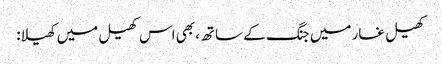
کھیل غار میں جنگ کے ساتھ، بھی اس کھیل میں کھیلا: